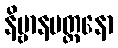
နိဗ္ဗာနမတ္တနော